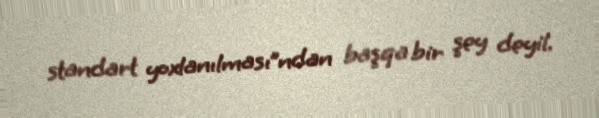
standart yoxlanılması”ndan başqa bir şey deyil.